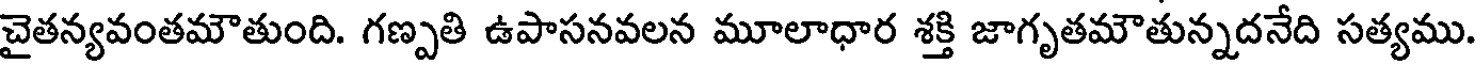
చైతన్యవంతమౌతుంది. గణ్పతి ఉపాసనవలన మూలాధార శక్తి జాగృతమౌతున్నదనేది సత్యము.